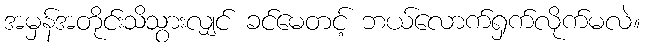
အမှန်အတိုင်းသိသွားလျှင် ခင်မေတင့် ဘယ်လောက်ရှက်လိုက်မလဲ။